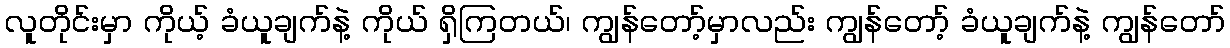
လူတိုင်းမှာ ကိုယ့် ခံယူချက်နဲ့ ကိုယ် ရှိကြတယ်၊ ကျွန်တော့်မှာလည်း ကျွန်တော့် ခံယူချက်နဲ့ ကျွန်တော်